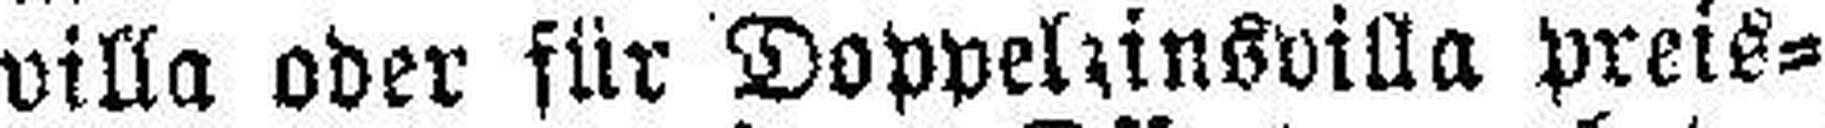
villa oder für Doppelzinsvilla preis¬